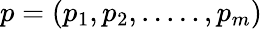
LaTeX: p=(p_{1},p_{2},.....,p_{m})